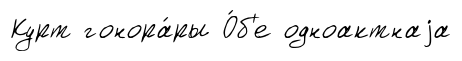
Курт гонора́ры О́б'е одноактнаjа